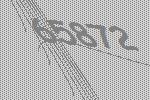
65872